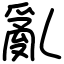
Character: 亂